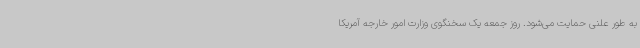
به طور علنی حمایت می‌شود. روز جمعه یک سخنگوی وزارت امور خارجه آمریکا